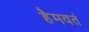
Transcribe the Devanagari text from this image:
हैमवतं